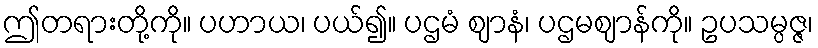
ဤတရားတို့ကို။ ပဟာယ၊ ပယ်၍။ ပဌမံ ဈာနံ၊ ပဌမဈာန်ကို။ ဥပသမ္ပဇ္ဇ၊